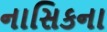
નાસિકના